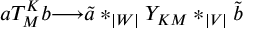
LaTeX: a T _ { M } ^ { K } b { \longrightarrow } { \tilde { a } } * _ { | W | } Y _ { K M } * _ { | V | } { \tilde { b } }